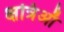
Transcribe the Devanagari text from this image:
क्षत्रिऑँ